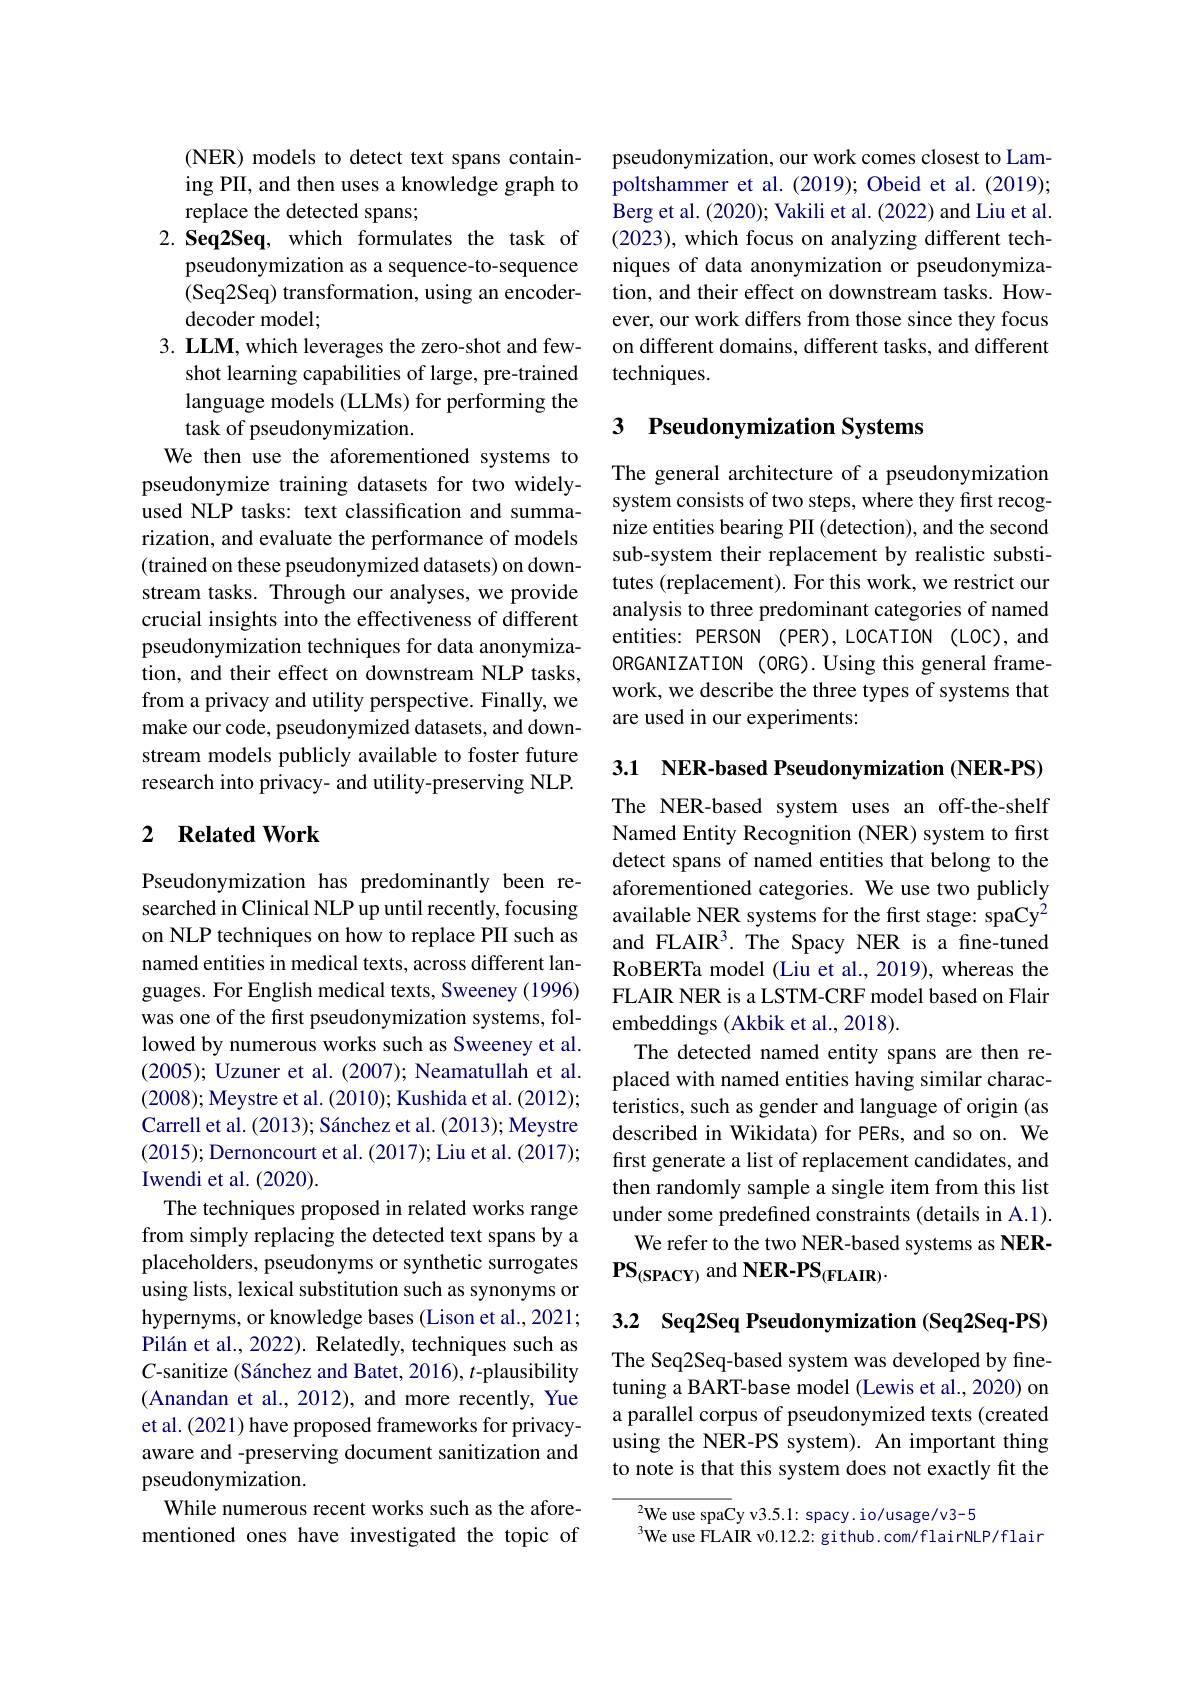
(NER) models to detect text spans containing PII, and then uses a knowledge graph to replace the detected spans;
2. Seq2Seq, which formulates the task of
pseudonymization as a sequence-to-sequence (Seq2Seq) transformation, using an encoderdecoder model;
3. LLM, which leverages the zero-shot and few-
shot learning capabilities of large, pre-trained language models (LLMs) for performing the task of pseudonymization.
We then use the aforementioned systems to pseudonymize training datasets for two widelyused NLP tasks: text classification and summarization, and evaluate the performance of models (trained on these pseudonymized datasets) on downstream tasks. Through our analyses, we provide crucial insights into the effectiveness of different pseudonymization techniques for data anonymization, and their effect on downstream NLP tasks, from a privacy and utility perspective. Finally, we make our code, pseudonymized datasets, and downstream models publicly available to foster future research into privacy- and utility-preserving NLP.

## 2 $\textbf{Related Work}$

Pseudonymization has predominantly been researched in Clinical NLP up until recently, focusing on NLP techniques on how to replace PII such as named entities in medical texts, across different languages. For English medical texts, Sweeney (1996) was one of the first pseudonymization systems, followed by numerous works such as Sweeney et al. (2005); Uzuner et al. (2007); Neamatullah et al. (2008); Meystre et al. (2010); Kushida et al. (2012); Carrell et al. (2013); Sánchez et al. (2013); Meystre (2015); Dernoncourt et al. (2017); Liu et al. (2017); Iwendi et al. (2020).
The techniques proposed in related works range from simply replacing the detected text spans by a placeholders, pseudonyms or synthetic surrogates using lists, lexical substitution such as synonyms or hypernyms, or knowledge bases (Lison et al., 2021; Pilán et al., 2022). Relatedly, techniques such as $C$-sanitize (Sánchez and Batet, 2016), t-plausibility (Anandan et al., 2012), and more recently, Yue et al. (2021) have proposed frameworks for privacyaware and -preserving document sanitization and pseudonymization.
While numerous recent works such as the aforementioned ones have investigated the topic of

pseudonymization, our work comes closest to Lampoltshammer et al.(2019); Obeid et al.(2019); Berg et al. (2020); Vakili et al. (2022) and Liu et al. (2023), which focus on analyzing different techniques of data anonymization or pseudonymization, and their effect on downstream tasks. However, our work differs from those since they focus on different domains, different tasks, and different techniques.

## 3 Pseudonymization Systems

The general architecture of a pseudonymization system consists of two steps, where they first recognize entities bearing PII (detection), and the second sub-system their replacement by realistic substitutes (replacement). For this work, we restrict our analysis to three predominant categories of named entities: PERSON (PER),LOCATION (LOC),and ORGANIZATION (ORG).Using this general framework, we describe the three types of systems that are used in our experiments:

3.1 NER-based Pseudonymization (NER-PS)

The NER-based system uses an off-the-shelf Named Entity Recognition (NER) system to first detect spans of named entities that belong to the aforementioned categories. We use two publicly available NER systems for the first stage: spaCy$^{2}$ and FLAIR3. The Spacy NER is a fine-tuned RoBERTa model (Liu et al., 2019), whereas the FLAIR NER is a LSTM-CRF model based on Flair embeddings (Akbik et al., 2018).
The detected named entity spans are then replaced with named entities having similar characteristics, such as gender and language of origin (as described in Wikidata) for PERs, and so on. We first generate a list of replacement candidates, and then randomly sample a single item from this list under some predefined constraints (details in A.1).
We refer to the two NER-based systems as NER-
$\mathbf{PS}_{(\mathrm{SPACY)}}$ and NER-PS$_{(\mathrm{FLAIR})}.$

3.2 Seq2Seq Pseudonymization (Seq2Seq-PS)

The Seq2Seq-based system was developed by finetuning a BART-base model (Lewis et al., 2020) on a parallel corpus of pseudonymized texts (created using the NER-PS system). An important thing to note is that this system does not exactly fit the

$^{2}$We use spaCy v3.5.1: spacy. io/usage/v3-5
$^{3}$We use FLAIR v0.12.2: github.com/flairNLP/flair